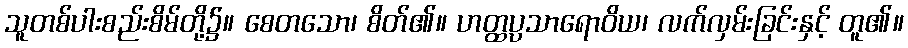
သူတစ်ပါးစည်းစိမ်တို့၌။ စေတသော၊ စိတ်၏။ ဟတ္ထပ္ပသာရောဝိယ၊ လက်လှမ်းခြင်းနှင့် တူ၏။